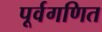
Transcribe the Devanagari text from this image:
पूर्वगणित